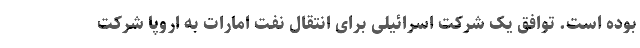
بوده است. توافق یک شرکت اسرائیلی برای انتقال نفت امارات به اروپا شرکت